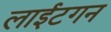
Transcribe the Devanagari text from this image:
लाईटगन